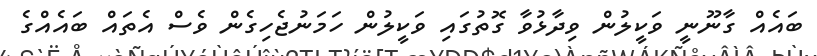
ބައެއް ގާނޫނީ ވަކީލުން ވިދާޅުވާ ގޮތުގައި ވަކީލުން ހަމަނުޖެހިގެން ވެސް އެތައް ބައެއްގެ